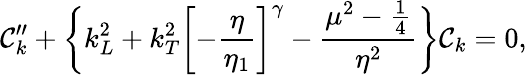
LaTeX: {\cal C}_{k}^{\prime\prime}+\biggl\{ k_{L}^{2}+k_{T}^{2}\biggl[-\frac{\eta}{\eta_{1}}\biggr]^{\gamma}-\frac{\mu^{2}-\frac{1}{4}}{\eta^{2}}\biggr\} {\cal C}_{k}=0,